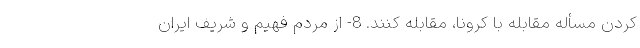
کردن مسأله مقابله با کرونا، مقابله کنند. 8- از مردم فهیم و شریف ایران